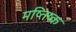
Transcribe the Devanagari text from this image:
मष्तिष्‍क